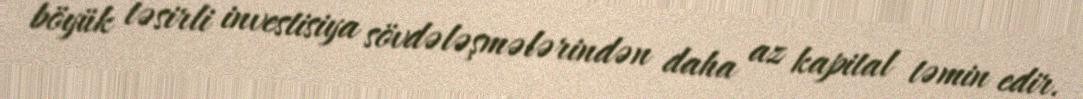
böyük təsirli investisiya sövdələşmələrindən daha az kapital təmin edir.